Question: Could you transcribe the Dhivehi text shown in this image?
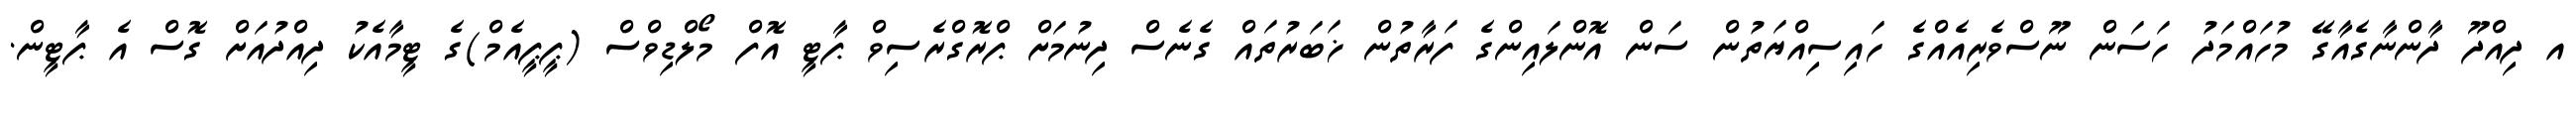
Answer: އ ދިއްދޫ ދާންނާގެއާގޭ މުހައްމަދު ހަސަން ނޫސްވެރިއެއްގެ ހައިސިއްޔަތުން ސަން އޮންލައިންގެ ފަރާތުން ޚަބަރުތައް ގެނެސް ދިނުމަށް ޕްރޮގްރެސިވް ޕާޓީ އޮފް މޯލްޑިވްސް (ޕީޕީއެމް)ގެ ޓީމާއެކު ދިއްދުއަށް ގޮސް އެ ޕާޓީން.